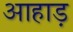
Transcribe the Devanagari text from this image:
आहाड़